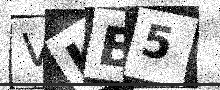
Text: VKB5